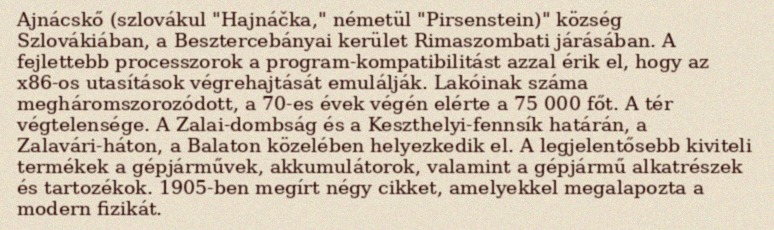
Ajnácskő (szlovákul "Hajnáčka," németül "Pirsenstein)" község Szlovákiában, a Besztercebányai kerület Rimaszombati járásában. A fejlettebb processzorok a program-kompatibilitást azzal érik el, hogy az x86-os utasítások végrehajtását emulálják. Lakóinak száma megháromszorozódott, a 70-es évek végén elérte a 75 000 főt. A tér végtelensége. A Zalai-dombság és a Keszthelyi-fennsík határán, a Zalavári-háton, a Balaton közelében helyezkedik el. A legjelentősebb kiviteli termékek a gépjárművek, akkumulátorok, valamint a gépjármű alkatrészek és tartozékok. 1905-ben megírt négy cikket, amelyekkel megalapozta a modern fizikát.